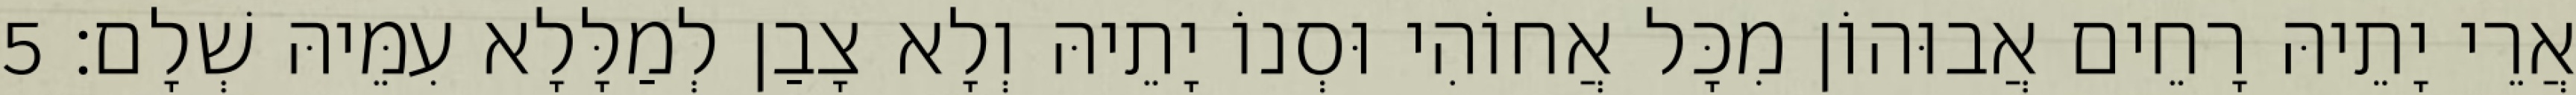
אֲרֵי יָתֵיהּ רָחֵים אֲבוּהוֹן מִכָּל אֲחוֹהִי וּסְנוֹ יָתֵיהּ וְלָא צָבַן לְמַלָּלָא עִמֵּיהּ שְׁלָם׃ 5